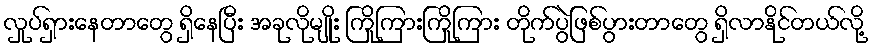
လှုပ်ရှားနေတာတွေ ရှိနေပြီး အခုလိုမျိုး ကြိုကြားကြိုကြား တိုက်ပွဲဖြစ်ပွားတာတွေ ရှိလာနိုင်တယ်လို့